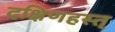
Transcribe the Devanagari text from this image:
दक्षिणहस्त्